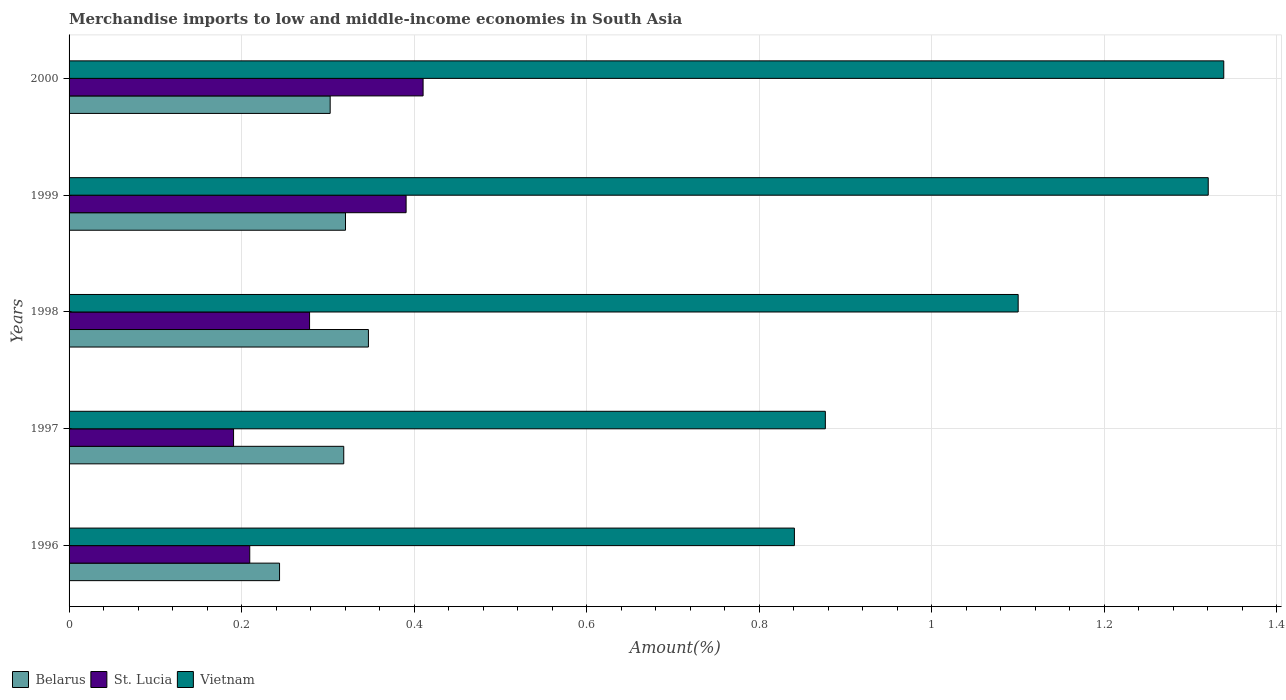
| Years | Belarus | St. Lucia | Vietnam |
 | --- | --- | --- | --- |
 | 1996 | 0.244 | 0.209 | 0.841 |
 | 1997 | 0.318 | 0.191 | 0.877 |
 | 1998 | 0.347 | 0.279 | 1.1 |
 | 1999 | 0.32 | 0.391 | 1.32 |
 | 2000 | 0.303 | 0.41 | 1.34 |